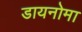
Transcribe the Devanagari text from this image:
डायनोमा